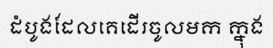
ដំបូងដែលគេដើរចូលមក ក្នុង